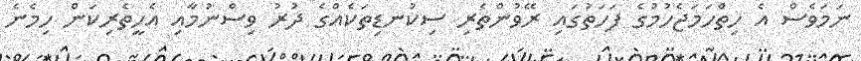
ނަމަވެސް އެ ހިތްހަމަޖެހުމުގެ ފަހަތުގައި ރޭވުންތެރި ސިކުނޑިތަކެއްގެ ދުރު ވިސްނުމާއި އެހީތެރިކަން ހިމެނެ